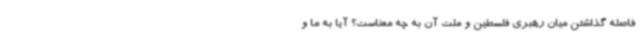
فاصله گذاشتن میان رهبری فلسطین و ملت آن به چه معناست؟ آیا به ما و